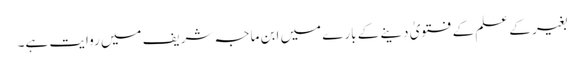
بغیر کے علم کے فتویٰ دینے کے بارے میں ابن ماجہ شریف میں روایت ہے۔